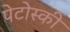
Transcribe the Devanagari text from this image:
पेटोस्की